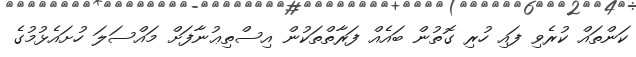
ކަންތައް ކުރެވި ފައި ހުރި ގޮތުން ބައެއް ފަރާތްތަކުން އިސްތިޢުނާފަށް މައްސަލަ ހުށައެޅުމުގެ